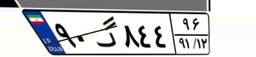
۵۱گ۳۶۸۷۷